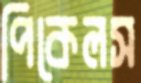
পিকেলস